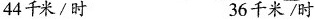
44千米/时 36千米/时